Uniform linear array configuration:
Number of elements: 12
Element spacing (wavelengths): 0.25
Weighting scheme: binomial
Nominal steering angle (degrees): -45
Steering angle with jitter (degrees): -45.846
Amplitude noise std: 0.05
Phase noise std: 0.05

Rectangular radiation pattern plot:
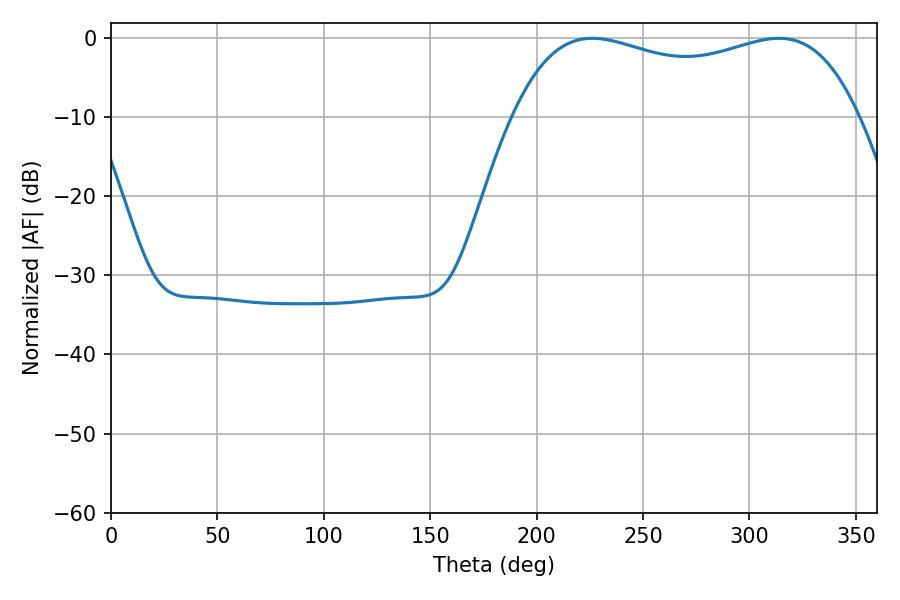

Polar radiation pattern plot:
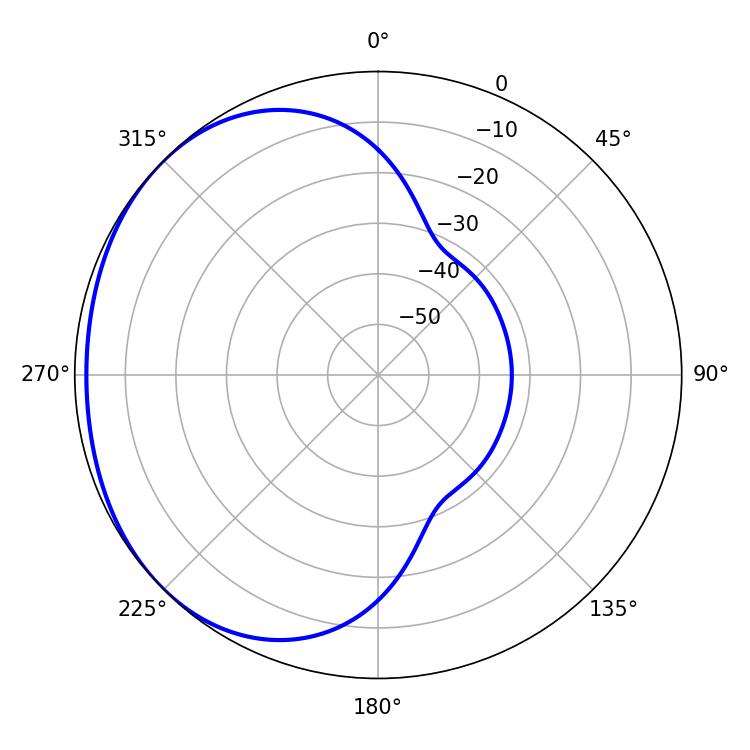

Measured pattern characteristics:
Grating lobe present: FALSE
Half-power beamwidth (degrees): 132.48
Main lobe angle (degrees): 226.08